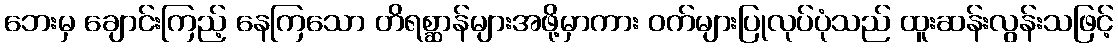
ဘေးမှ ချောင်းကြည့် နေကြသော တိရစ္ဆာန်များအဖို့မှာကား ဝက်များပြုလုပ်ပုံသည် ထူးဆန်းလွန်းသဖြင့်